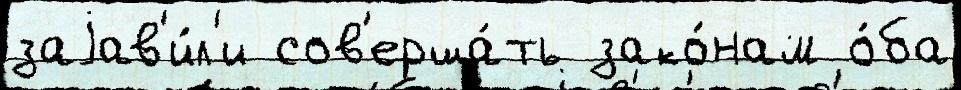
заjав'и́л'и сов'ерша́ть зако́нам о́ба